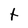
Character: t